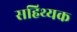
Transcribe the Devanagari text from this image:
सहिथ्यक